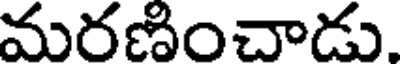
మరణించాడు.